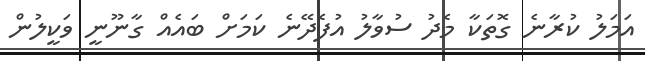
އަމަލު ކުރާނެ ގޮތަކާ މެދު ސުވާލު އުފެދޭނެ ކަމަށް ބައެއް ގާނޫނީ ވަކީލުން